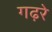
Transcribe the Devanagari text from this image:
गढ़रे